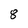
Character: 8